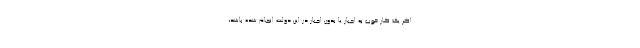
اگر یک کار خوب به اجبار یا بدون اجبار در این دولت انجام شده باشد،